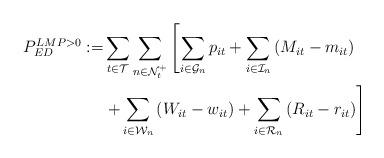
LaTeX: \begin{align*} P_{ED}^{LMP>0} := &\sum_{t\in\mathcal{T}} \sum_{n \in \mathcal{N}_t^+} \left[ \sum_{i\in\mathcal{G}_n} p_{it} + \sum_{i\in\mathcal{I}_n} \left( M_{it} - m_{it} \right) \right. \\ &\left .+ \sum_{i\in\mathcal{W}_n} \left(W_{it} - w_{it} \right) + \sum_{i\in\mathcal{R}_n} \left(R_{it}-r_{it}\right)\right]\end{align*}